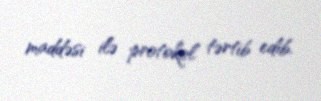
maddəsi ilə protokol tərtib edib.